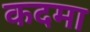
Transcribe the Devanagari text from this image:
कदमा